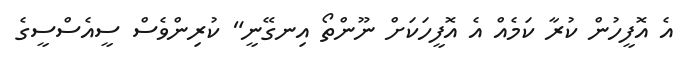
އެ އޮފީހުން ކުރާ ކަމެއް އެ އޮފީހަކަށް ނޫންތޯ އިނގޭނީ" ކުރިންވެސް ސީއެސްސީގެ